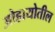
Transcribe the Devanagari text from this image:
ओहायोतील